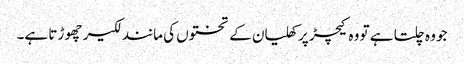
جو وہ چلتا ہے تو وہ کیچڑ پر کھلیان کے تختوں کی مانند لکیر چھو ڑتا ہے۔